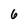
Character: 6